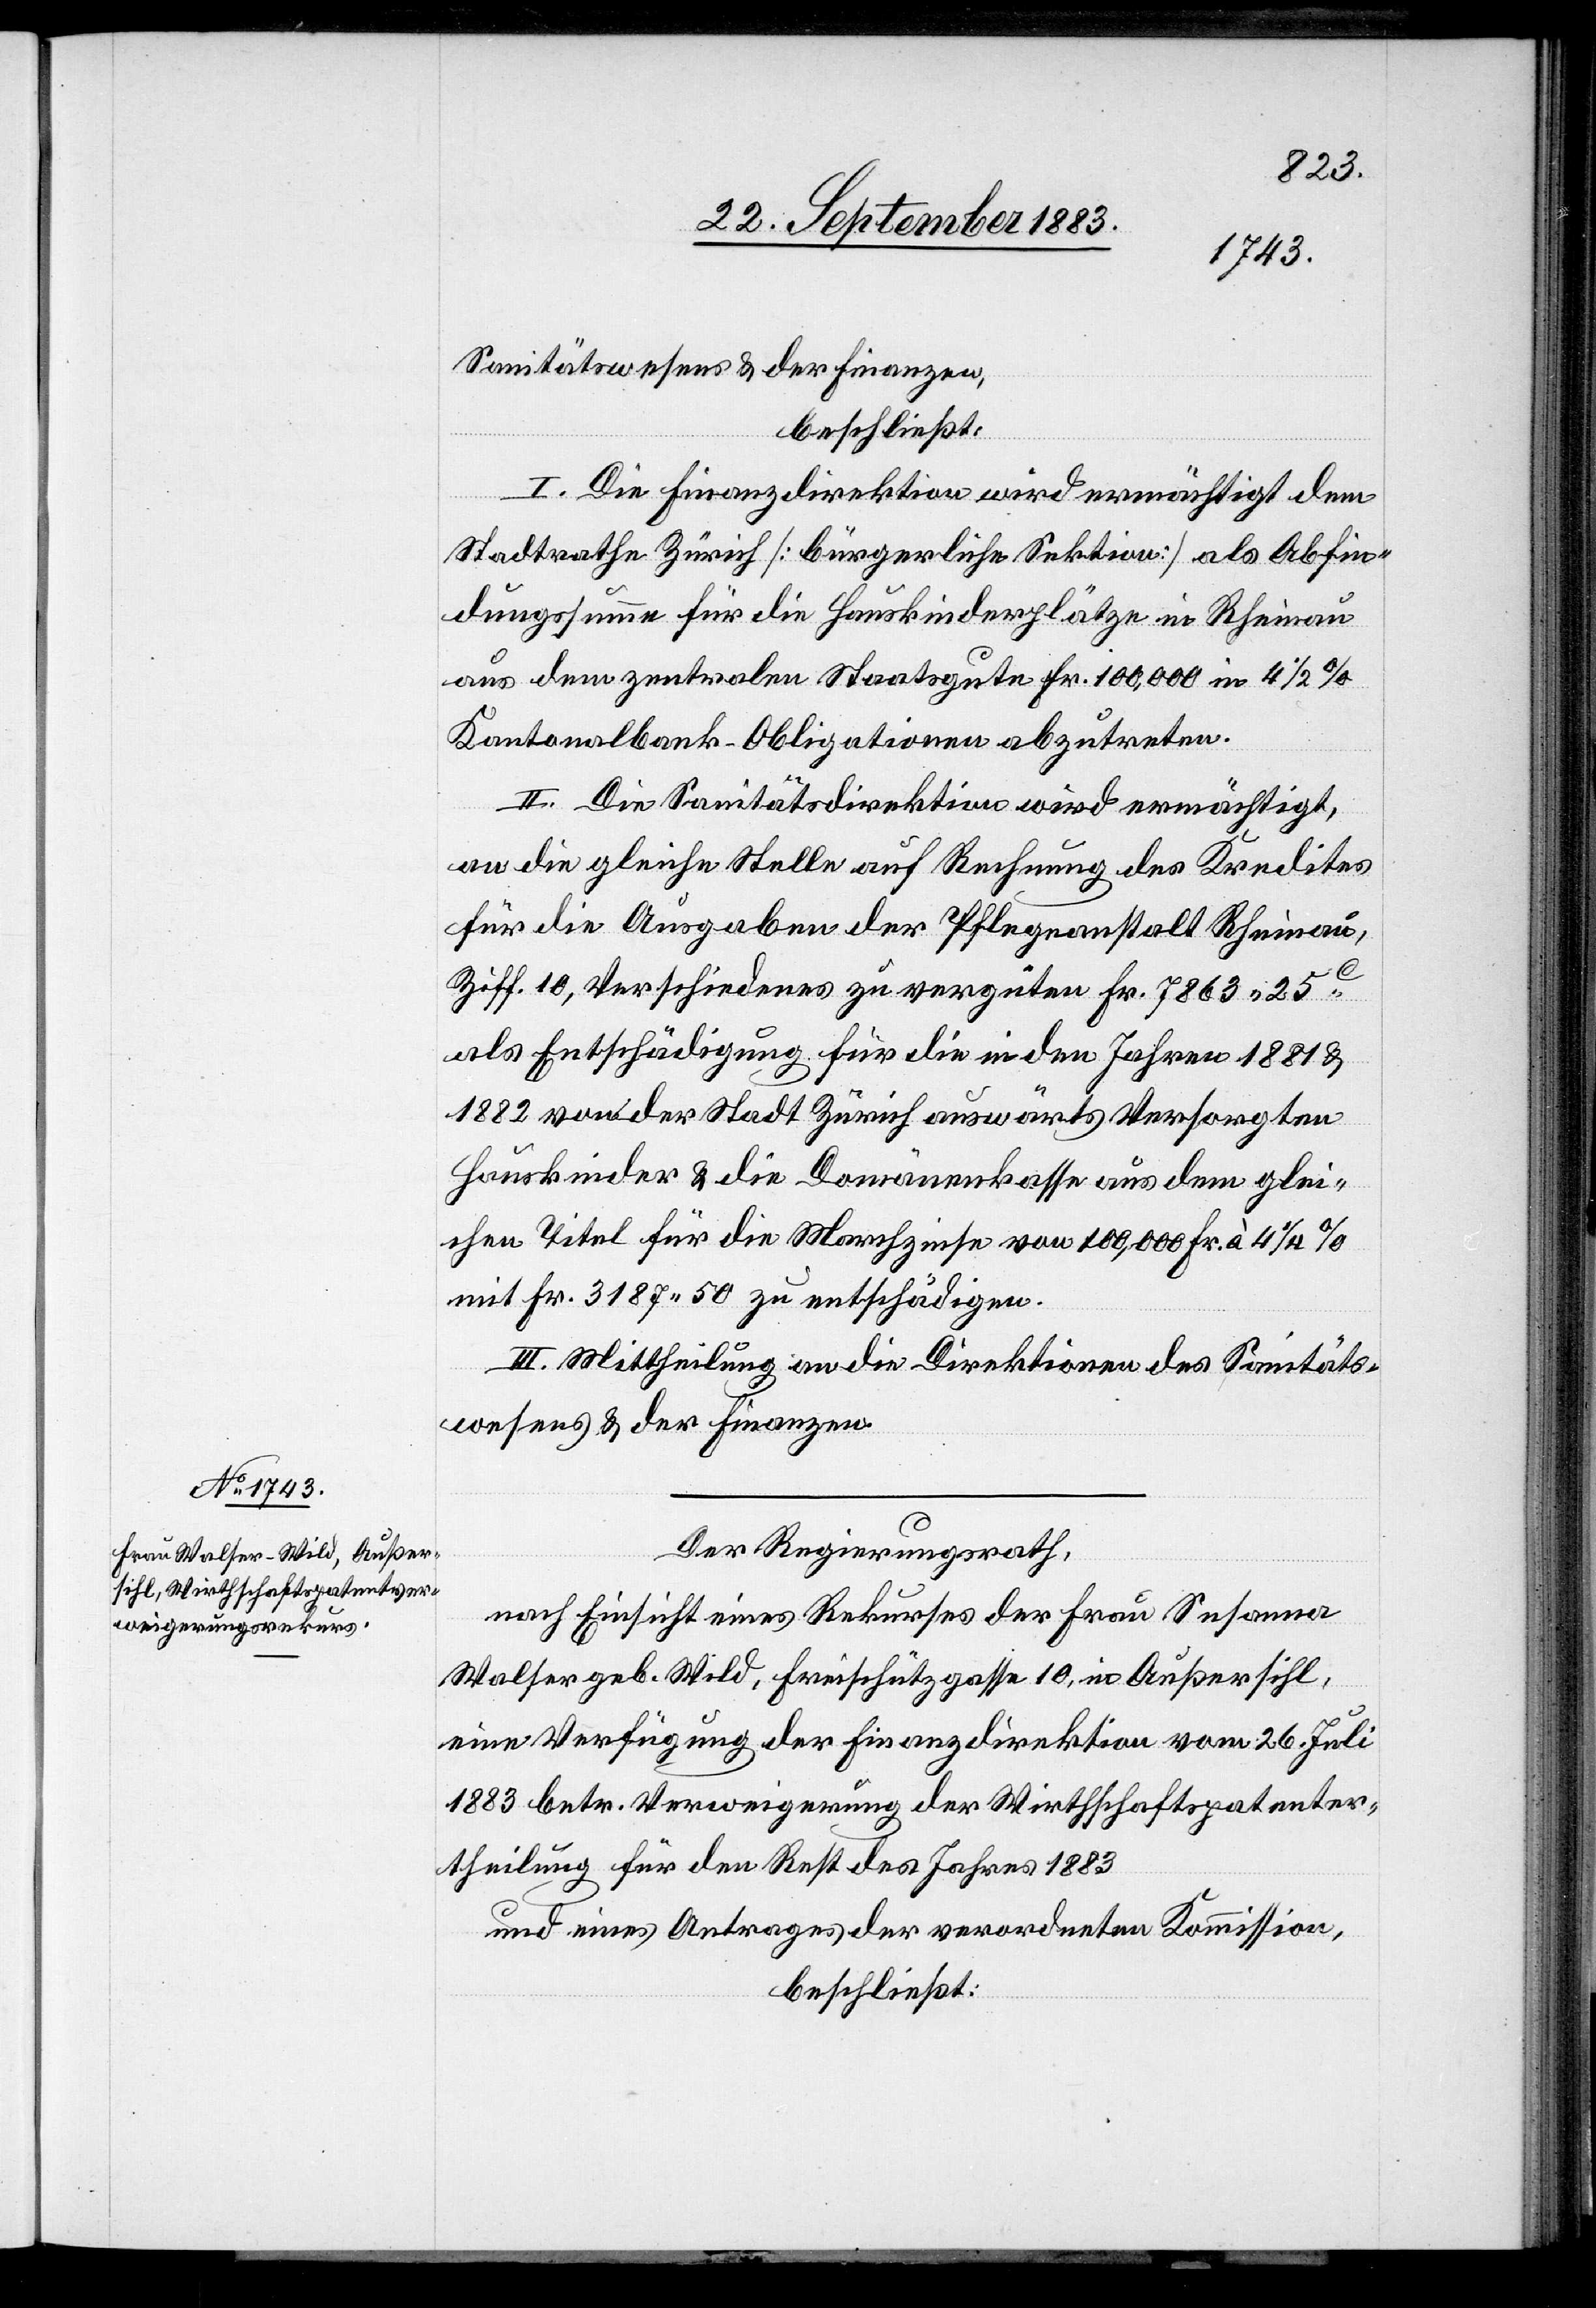
Sanitätswesens & der Finanzen,
beschließt:
I. Die Finanzdirektion wird ermächtigt dem
Stadtrathe Zürich [bürgerliche Sektion] als Abfin¬
dungssumme für die Hauskinderplätze in Rheinau
aus dem zentralen Staatsgute Fr. 100,000 mit 4 1/2%
Kantonalbank-Obligationen abzutreten.
II. Die Sanitätsdirektion wird ermächtigt,
an die gleiche Stelle auf Rechnung des Kredites
für die Ausgaben der Pflegeanstalt Rheinau,
Ziff. 10, Verschiedenes zu vergüten Fr. 7863 25C
als Entschädigung für die in den Jahren 1881 &
1882 von der Stadt Zürich auswärts versorgten
Hauskinder & die Domänenkasse aus dem glei¬
chen Titel für die Marchzinse von 100,000 Fr. à 4 1/4%
mit Fr. 3187 50 zu entschädigen.
III. Mittheilung an die Direktionen des Sanitäts¬
wesens & der Finanzen.
Der Regierungsrath,
nach Einsicht eines Rekurses der Frau Susanna
Walser geb. Wild, Freischützgasse 10, in Außersihl,
eine Verfügung der Finanzdirektion vom 26. Juli
1883 betr. Verweigerung der Wirthschaftspatenter¬
theilung für den Rest des Jahres 1883
und eines Antrages der verordneten Kommission,
beschließt: